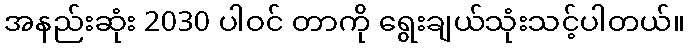
အနည်းဆုံး 2030 ပါဝင် တာကို ရွေးချယ်သုံးသင့်ပါတယ်။